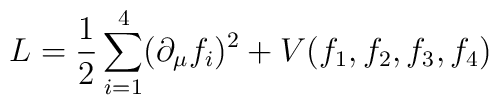
L = {1\over 2}\sum_{i=1}^4 (\partial_\mu f_i) ^2     + V(f_1,f_2,f_3,f_4)